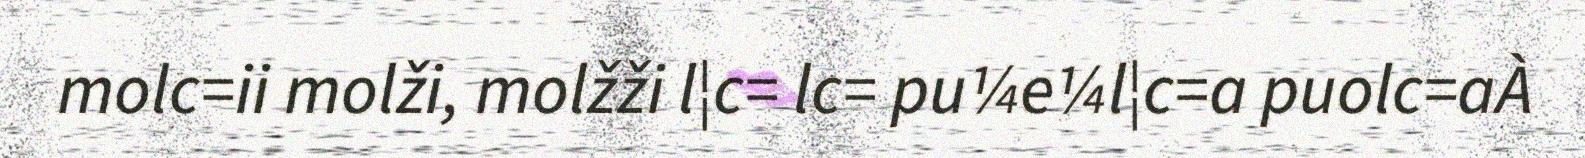
molc=ii molži, molžži l¦c= lc= pu¼e¼l¦c=a puolc=aÀ